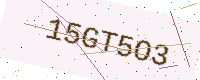
Text: 15GT5O3